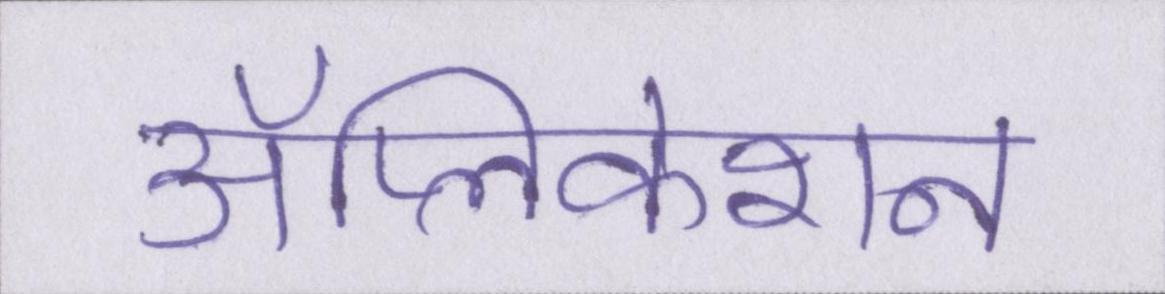
ॲप्लिकेशन